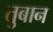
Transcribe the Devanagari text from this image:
तुबान